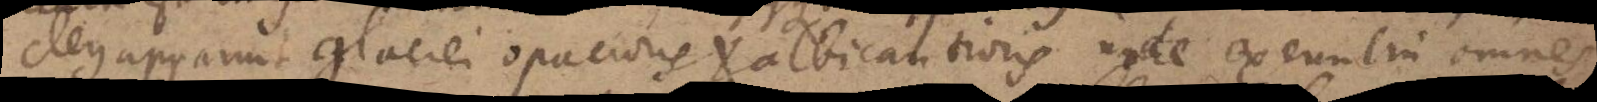
cleus apparuit glaciei opacioris et albicantioris unde exeunt in omnes